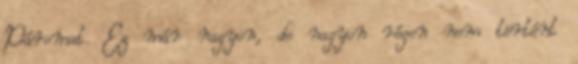
Páromat. Ez már nagyon, de nagyon régen nem történt